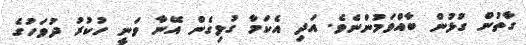
ގާތުން ގުޅުން ބާއްވަމުންނެވެ. އަދި އެކަމާ ގުޅިގެން އޭނާ ވަނީ ހުކުރު ދުވަހުގެ